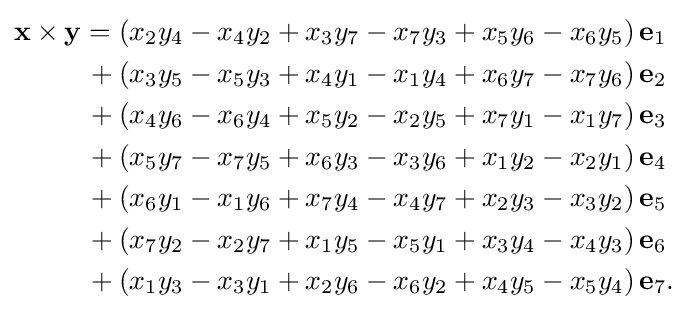
{\begin{aligned}\mathbf {x} \times \mathbf {y} =(x_{2}y_{4}-x_{4}y_{2}+x_{3}y_{7}-x_{7}y_{3}+x_{5}y_{6}-x_{6}y_{5})\,&\mathbf {e} _{1}\\{}+(x_{3}y_{5}-x_{5}y_{3}+x_{4}y_{1}-x_{1}y_{4}+x_{6}y_{7}-x_{7}y_{6})\,&\mathbf {e} _{2}\\{}+(x_{4}y_{6}-x_{6}y_{4}+x_{5}y_{2}-x_{2}y_{5}+x_{7}y_{1}-x_{1}y_{7})\,&\mathbf {e} _{3}\\{}+(x_{5}y_{7}-x_{7}y_{5}+x_{6}y_{3}-x_{3}y_{6}+x_{1}y_{2}-x_{2}y_{1})\,&\mathbf {e} _{4}\\{}+(x_{6}y_{1}-x_{1}y_{6}+x_{7}y_{4}-x_{4}y_{7}+x_{2}y_{3}-x_{3}y_{2})\,&\mathbf {e} _{5}\\{}+(x_{7}y_{2}-x_{2}y_{7}+x_{1}y_{5}-x_{5}y_{1}+x_{3}y_{4}-x_{4}y_{3})\,&\mathbf {e} _{6}\\{}+(x_{1}y_{3}-x_{3}y_{1}+x_{2}y_{6}-x_{6}y_{2}+x_{4}y_{5}-x_{5}y_{4})\,&\mathbf {e} _{7}.\end{aligned}}